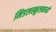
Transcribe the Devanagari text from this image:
मिडलस्कूलमध्ये